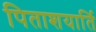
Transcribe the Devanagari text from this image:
पिताशयार्ति